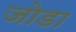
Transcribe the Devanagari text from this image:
जाेडा